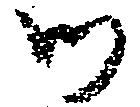
御